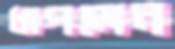
ধাপলেন